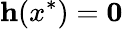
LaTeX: \mathbf{h}(x^{*})=\mathbf{0}